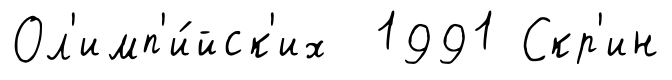
Ол'имп'и́йск'их 1991 Скр'ин